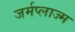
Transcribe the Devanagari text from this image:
जर्मप्लाज्म